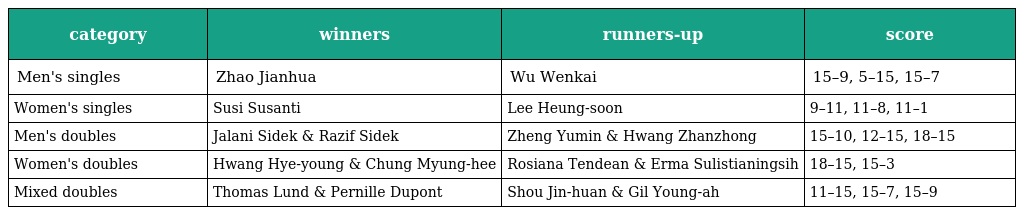
| category | winners | runners-up | score |
 | --- | --- | --- | --- |
 | Men's singles | Zhao Jianhua | Wu Wenkai | 15–9, 5–15, 15–7 |
 | Women's singles | Susi Susanti | Lee Heung-soon | 9–11, 11–8, 11–1 |
 | Men's doubles | Jalani Sidek & Razif Sidek | Zheng Yumin & Hwang Zhanzhong | 15–10, 12–15, 18–15 |
 | Women's doubles | Hwang Hye-young & Chung Myung-hee | Rosiana Tendean & Erma Sulistianingsih | 18–15, 15–3 |
 | Mixed doubles | Thomas Lund & Pernille Dupont | Shou Jin-huan & Gil Young-ah | 11–15, 15–7, 15–9 |